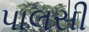
પાલસી